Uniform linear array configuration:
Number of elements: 8
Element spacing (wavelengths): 0.25
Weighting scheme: hamming
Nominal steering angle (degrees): -60
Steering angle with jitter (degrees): -60.053
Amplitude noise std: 0.05
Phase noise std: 0.05

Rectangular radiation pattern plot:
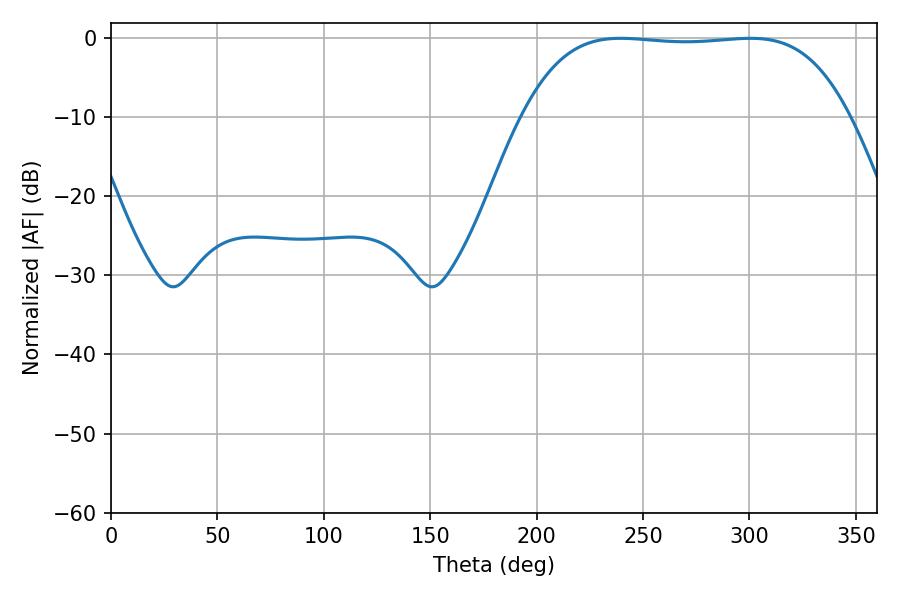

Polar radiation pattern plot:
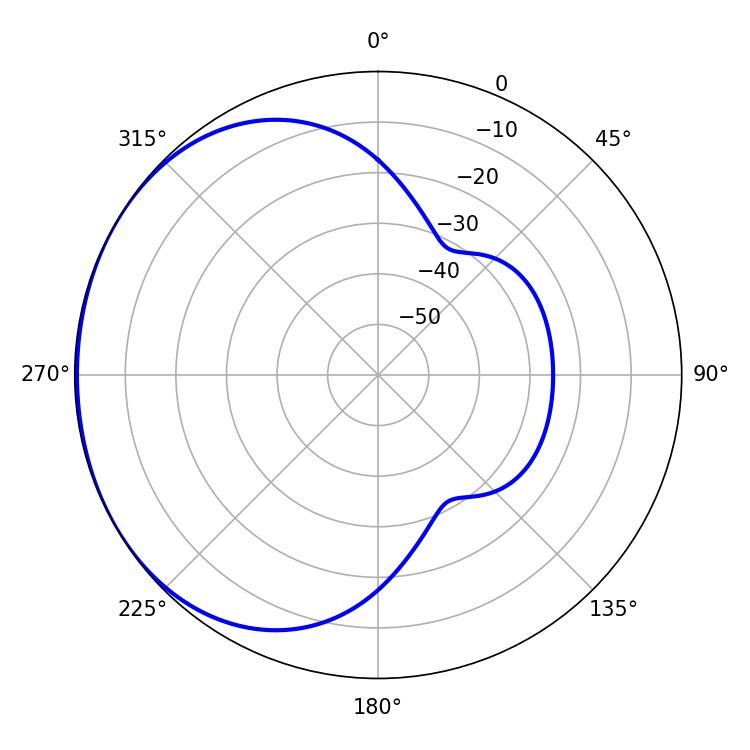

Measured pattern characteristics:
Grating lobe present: FALSE
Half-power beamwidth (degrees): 119.52
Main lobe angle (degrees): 239.58